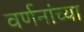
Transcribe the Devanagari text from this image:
वर्णनांच्या